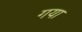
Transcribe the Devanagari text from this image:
गया